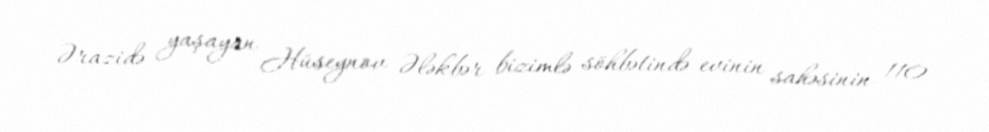
Ərazidə yaşayan Hüseynov Ələkbər bizimlə söhbətində evinin sahəsinin 110